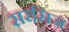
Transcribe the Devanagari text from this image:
सरसिज